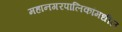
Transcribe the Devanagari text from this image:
महानगरपालिकांमधील